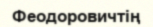
Феодоровичтің